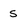
Character: s